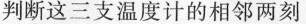
判断这三支温度计的相邻两刻